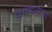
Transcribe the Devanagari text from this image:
चन्द्रवार